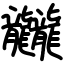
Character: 龖